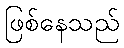
ဖြစ်နေသည်